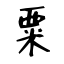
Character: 粟